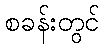
စခန်းတွင်